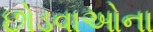
છોડવાઓના